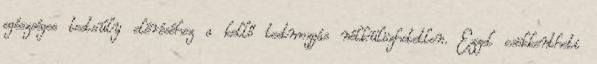
egészséges testsúly eléréséhez a kellő testmozgás nélkülözhetetlen. Ezzel csökkentheti